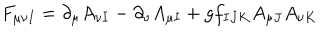
F _ { \mu \nu I } = \partial _ { \mu } A _ { \nu I } - \partial _ { \nu } A _ { \mu I } + g f _ { I J K } A _ { \mu J } A _ { \nu K }